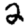
Digit: 2